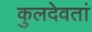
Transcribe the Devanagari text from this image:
कुलदेवतां